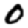
Digit: 0